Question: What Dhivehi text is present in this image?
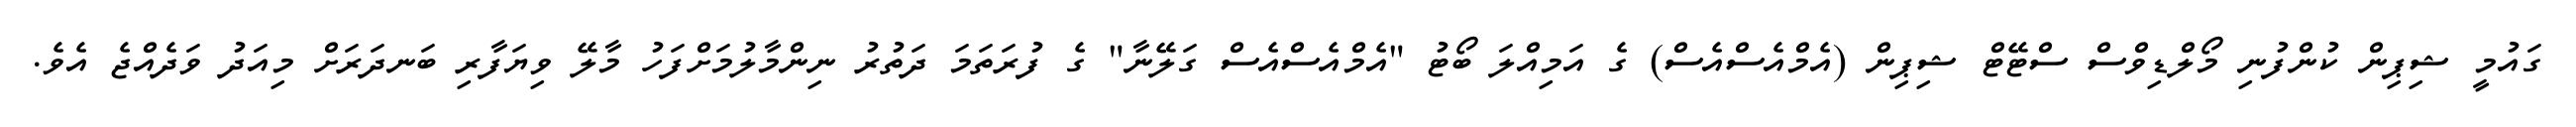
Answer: ގައުމީ ޝިޕިން ކުންފުނި މޯލްޑިވްސް ސްޓޭޓް ޝިޕިން (އެމްއެސްއެސް) ގެ އަމިއްލަ ބޯޓު "އެމްއެސްއެސް ގަލޭނާ" ގެ ފުރަތަމަ ދަތުރު ނިންމާލުމަށްފަހު މާލޭ ވިޔަފާރި ބަނދަރަށް މިއަދު ވަދެއްޖެ އެވެ.